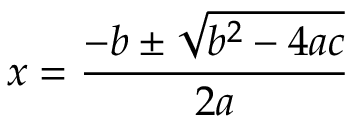
\overset { } { \underset { } { x = { \frac { - b \pm { \sqrt { b ^ { 2 } - 4 a c } } } { 2 a } } } }